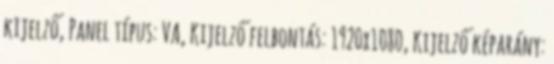
kijelző, Panel típus: VA, Kijelző felbontás: 1920x1080, Kijelző képarány: